Civil Veterinary Dept. Bombay admin report 1914-1922 - 1914-1922
Year: 1914
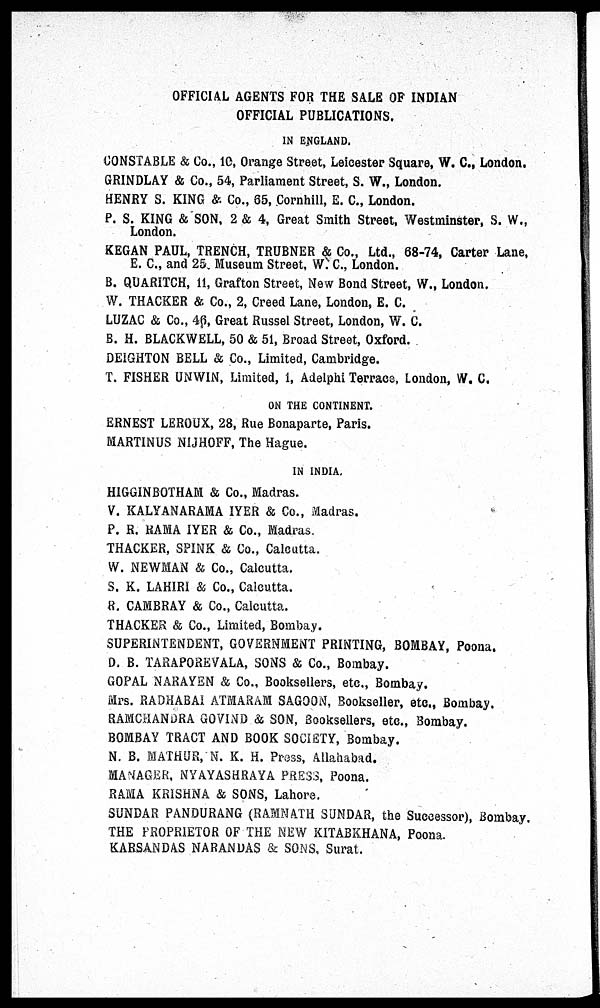
OFFICIAL AGENTS FOR THE SALE OF INDIAN
OFFICIAL PUBLICATIONS.
IN ENGLAND,
CONSTABLE & Co., 10, Orange Street, Leicester Square, W. C., London.
GRINDLAY & Co., 54, Parliament Street, S. W. London.
HENRY S. KING & Co., 65, Cornhill, E. C., London.
P. S. KING & SON, 2 & 4, Great Smith Street, Westminster, S. W.,
London.
KEGAN PAUL, TRENCH, TRUBNER & Co., Ltd., 68-74, Carter Lane,
E. C., and 25 Museum Street, W. C., London.
B. QUARITCH, 11, Grafton Street, New Bond Street, W. London.
W. THACKER & Co., 2, Creed Lane, London, E. C.
LUZAC & Co., 46, Great Russel Street, London, W. C.
B. H. BLACKWELL, 50 & 51, Broad Street, Oxford.
DEIGHTON BELL & Co., Limited, Cambridge.
T. FISHER UNWIN, Limited, 1, Adelphi Terrace, London, W. C.
ON THE CONTINENT.
ERNEST LEROUX, 28, Rue Bonaparte, Paris.
MARTINUS NIJHOFF, The Hague.
IN INDIA.
HIGGINBOTHAM & Co., Madras.
V. KALYANARAMA IYER & Co., Madras.
P. R. RAMA IYER & Co., Madras.
THACKER, SPINK & Co., Calcutta.
W. NEWMAN & Co., Calcutta.
S. K. LAHIRI & Co., Calcutta,
R. CAMBRAY & Co., Calcutta.
THACKER & Co., Limited, Bombay.
SUPERINTENDENT, GOVERNMENT PRINTING, BOMBAY, Poona.
D. B. TARAPOREVALA, SONS & Co., Bombay.
GOPAL NARAYEN & Co., Booksellers, etc., Bombay.
Mrs. RADHABAI ATMARAM SAGOON, Bookseller, etc., Bombay.
RAMCHANDRA GOVIND & SON, Booksellers, etc., Bombay.
BOMBAY TRACT AND BOOK SOCIETY, Bombay.
N. B. MATHUR, N. K. H. Press, Allahabad.
MANAGER, NYAYASHRAYA PRESS, Poona.
RAMA KRISHNA & SONS, Lahore.
SUNDAR PANDURANG (RAMNATH SUNDAR, the Successor), Bombay.
THE PROPRIETOR OF THE NEW KITABKHANA, Poona.
KARSANDAS NARANDAS & SONS, Surat.